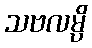
သဗလမ္ပိ